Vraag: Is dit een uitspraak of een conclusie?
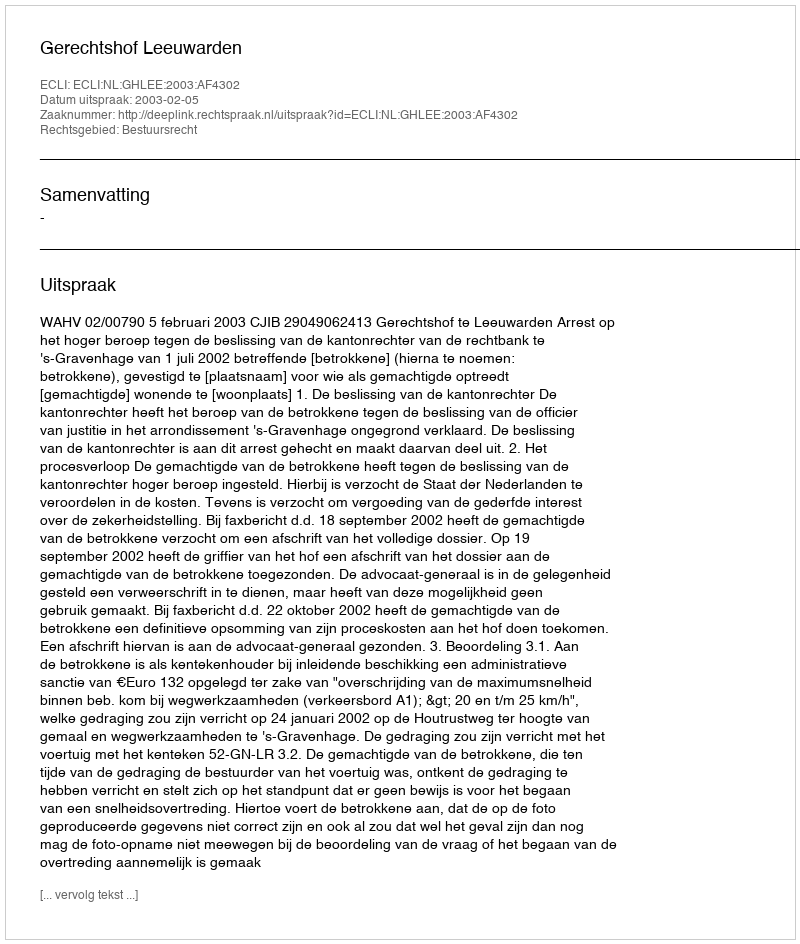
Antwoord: Uitspraak